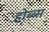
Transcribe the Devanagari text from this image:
होब्ब्स